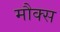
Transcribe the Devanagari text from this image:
मौक्स